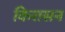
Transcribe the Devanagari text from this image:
किरासन